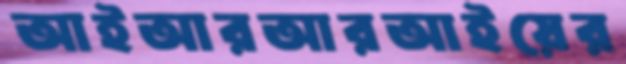
আইআরআরআইয়ের